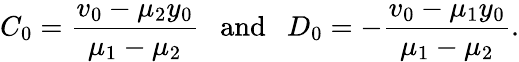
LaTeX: C_{0}=\frac{v_{0}-\mu_{2}y_{0}}{\mu_{1}-\mu_{2}}~~~\mathrm{and}~~~D_{0}=-\frac{v_{0}-\mu_{1}y_{0}}{\mu_{1}-\mu_{2}}.